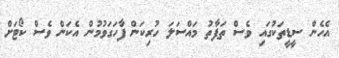
އެހެން ސީޑީތަކުގައި ވެސް ތަފާތު މައްސަލަ ހުރިކަން ފާހަގަވުމުން އެކަން ވެސް ކޯޓަށް